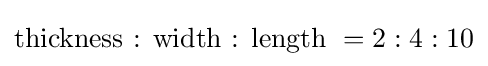
{\text{thickness : width : length }}=2:4:10